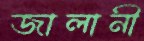
জালানী